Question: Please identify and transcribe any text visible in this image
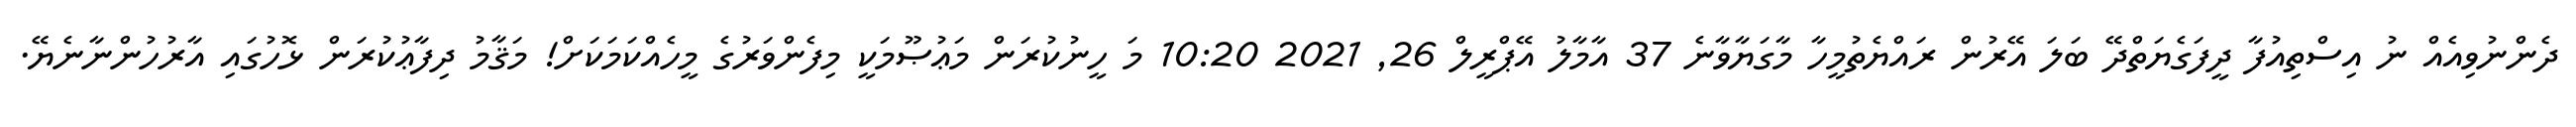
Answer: ދެންނުވިއެއް ނު އިސްތިއުފާ ދީފަގެޔަތްދޭ ބަލަ އޭރުން ރައްޔެތުމީހާ މާގަޔާވާނެ 37 އާމާލު އޭޕްރީލް 26, 2021 10:20 މަ ހީނުކުރަން މަޢުޞޫމަކީ މިފެންވަރުގެ މީހެއްކަމަކަށް! މަޤާމު ދިފާޢުކުރަން ޅޮހުގައި އާރުހުންނާނެޔޭ.